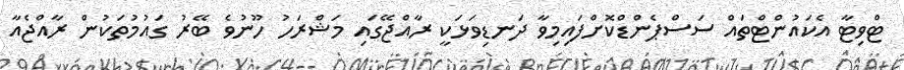
ޓްވިޓާ އެކައުންޓްތައް ސަސްޕެންޑްކޮށްފައިމިވާ ދަނޑިވަޅަކީ ރާއްޖޭގައި މަޝްރަހު ހޫނުވެ ބޭރު ގައުމުތަކުން ރާއްޖެއާ